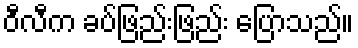
ဝီလီက ခပ်ဖြည်းဖြည်း ပြောသည်။